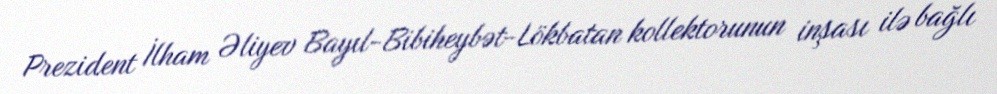
Prezident İlham Əliyev Bayıl-Bibiheybət-Lökbatan kollektorunun inşası ilə bağlı